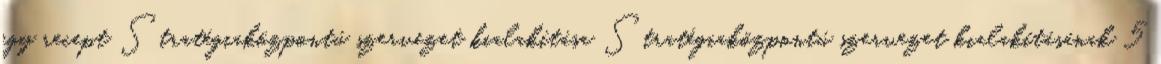
egy recept Stratégiaközpontú szervezet kialakítása Stratégiaközpontú szervezet kialakításának 5